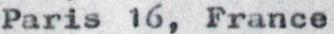
Paris 16, France